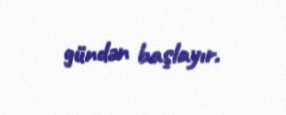
gündən başlayır.